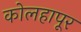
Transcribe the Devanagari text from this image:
कोलहापूर